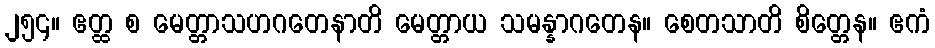
၂၅၄။ ဧတ္ထ စ မေတ္တာသဟဂတေနာတိ မေတ္တာယ သမန္နာဂတေန။ စေတသာတိ စိတ္တေန။ ဧကံ